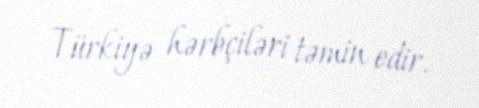
Türkiyə hərbçiləri təmin edir.